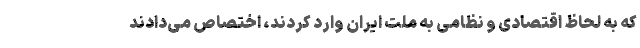
که به لحاظ اقتصادی و نظامی به ملت ایران وارد کردند، اختصاص می‌دادند